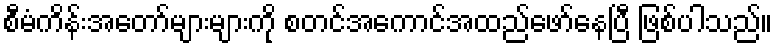
စီမံကိန်းအတော်များများကို စတင်အကောင်အထည်ဖော်နေပြီ ဖြစ်ပါသည်။